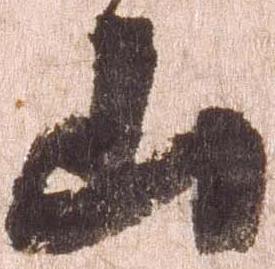
山